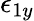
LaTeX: \epsilon_{1y}